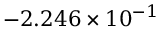
- 2 . 2 4 6 \times 1 0 ^ { - 1 }